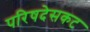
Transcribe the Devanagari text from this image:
परिषदेसकट